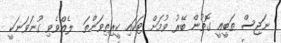
ނަޖިސް ޠަބީޢީ ގޮތުން ބޭރު ވުމަށް ޓަކައި ކީރިތިވަންތަ  ލެއްވެވި ގުނަވަނަކީ